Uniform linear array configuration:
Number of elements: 16
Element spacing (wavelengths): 0.75
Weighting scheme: cosine
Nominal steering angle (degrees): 45
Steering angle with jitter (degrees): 46.343
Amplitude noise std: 0.05
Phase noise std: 0.05

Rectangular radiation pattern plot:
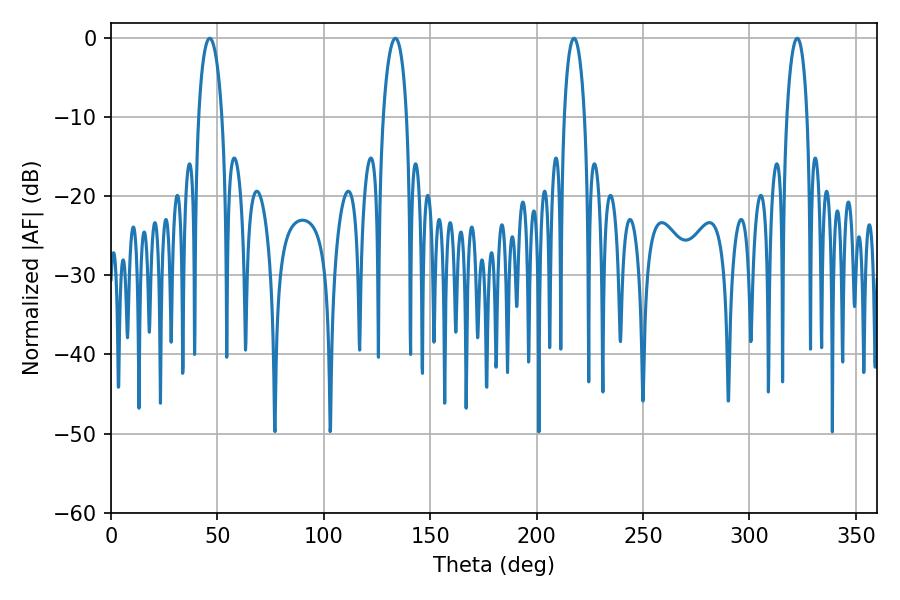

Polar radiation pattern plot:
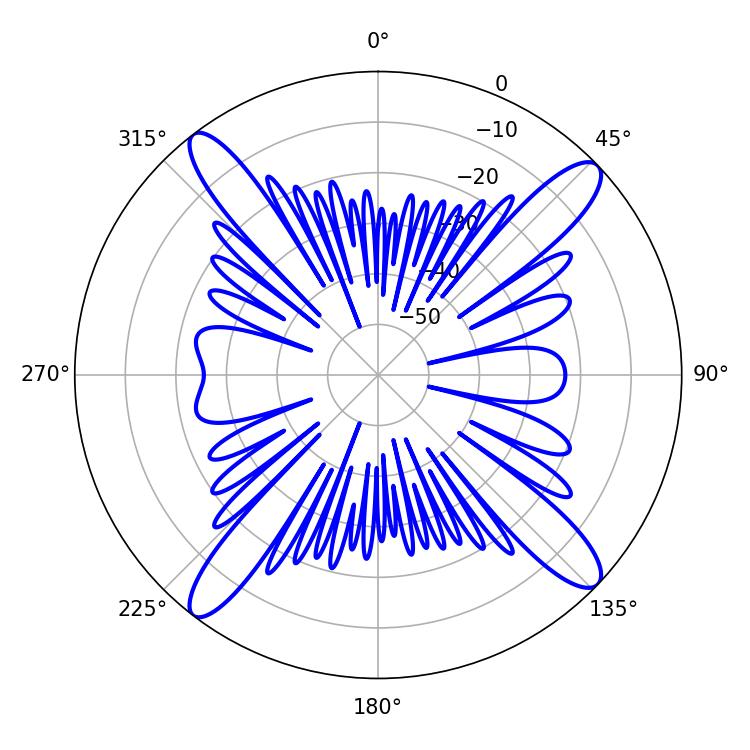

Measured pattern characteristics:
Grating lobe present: TRUE
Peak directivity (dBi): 16.321
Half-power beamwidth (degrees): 6.3
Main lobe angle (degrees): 46.44